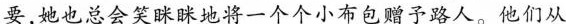
要，她也总会笑眯眯地将一个个小布包赠予路人。他们从